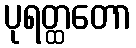
ပုရတ္ထတော